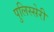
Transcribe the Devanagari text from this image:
पुलिस्सेरी